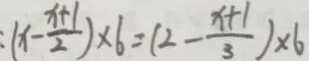
( x - \frac { x + 1 } { 2 } ) \times 6 = ( 2 - \frac { x + 1 } { 3 } ) \times 6